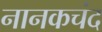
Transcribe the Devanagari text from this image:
नानकचंद